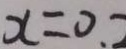
x = 0 . 2